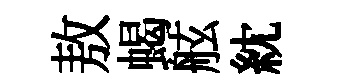
敖蝎舷紞